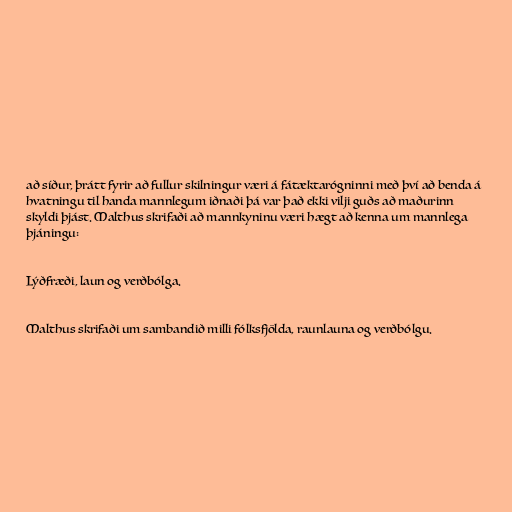
að síður, þrátt fyrir að fullur skilningur væri á fátæktarógninni með því að benda á
hvatningu til handa mannlegum iðnaði þá var það ekki vilji guðs að maðurinn
skyldi þjást. Malthus skrifaði að mannkyninu væri hægt að kenna um mannlega
þjáningu:

Lýðfræði, laun og verðbólga.

Malthus skrifaði um sambandið milli fólksfjölda, raunlauna og verðbólgu.